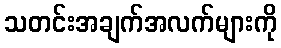
သတင်းအချက်အလက်များကို